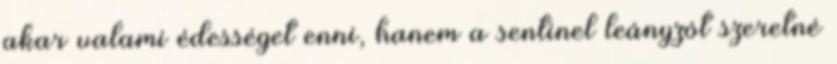
akar valami édességet enni, hanem a sentinel leányzót szeretné